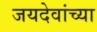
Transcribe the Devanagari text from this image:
जयदेवांच्या